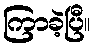
ကြာခဲ့ပြီ။